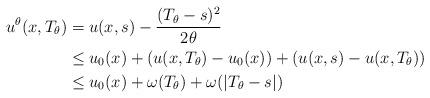
LaTeX: \begin{align*}u^{\theta}(x,T_{\theta}) &= u(x,s) - \frac{(T_{\theta} - s)^{2}}{2\theta} \\&\leq u_{0}(x) + (u(x,T_{\theta}) -u_{0}(x)) + (u(x,s) - u(x,T_{\theta})) \\&\leq u_{0}(x) + \omega(T_{\theta}) + \omega(|T_{\theta} - s|)\end{align*}